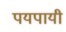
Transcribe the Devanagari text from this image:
पयपायी